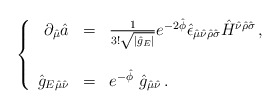
\begin{align*}\left\{\begin{array}{rcl}\partial_{\hat{\mu}}\hat{a} & = & \frac{1}{3!\sqrt{|\hat{g}_{E}|}}e^{-2\hat{\phi}}\hat{\epsilon}_{\hat{\mu}\hat{\nu}\hat{\rho}\hat{\sigma}}\hat{H}^{\hat{\nu}\hat{\rho}\hat{\sigma}}\, , \\& & \\\hat{g}_{E\hat{\mu}\hat{\nu}}& = &e^{-\hat{\phi}}\ \hat{g}_{\hat{\mu}\hat{\nu}}\, .\\\end{array}\right.\end{align*}